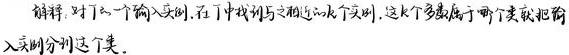
解释: 对于一个输入实例, 在丁中找到与之相近的k个实例, 这k个多数属于两个类就把输入实例分到这个类.